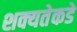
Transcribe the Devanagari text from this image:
शक्यतेकडे